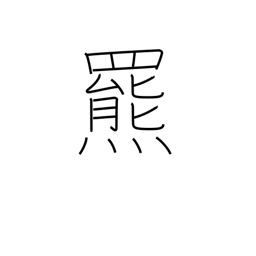
Meaning: brown bear